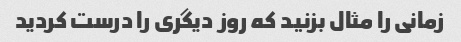
زمانی را مثال بزنید که روز دیگری را درست کردید